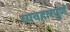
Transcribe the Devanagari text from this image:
व्यवहारपूर्ण